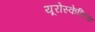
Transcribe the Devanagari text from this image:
यूरोस्केप्टिक